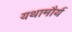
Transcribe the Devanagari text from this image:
यथामौर्य